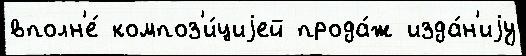
вполн'е́ композ'и́циjей прода́ж изда́н'иjу